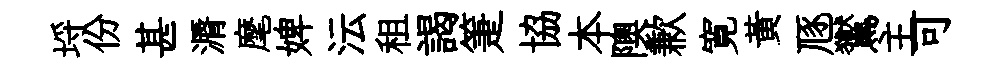
埓份甚漘麾婢沄租謁箑協本隩歉寛黃豗鸑主可